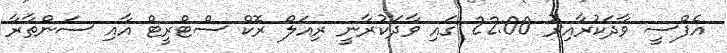
އެފްސީ ވާދަކުރާއިރު 22:00 ގައި ވާދަކުރާނީ ރިއަލް ރޮކް ސްޓްރީޓް އާއި ސަންތާރާ